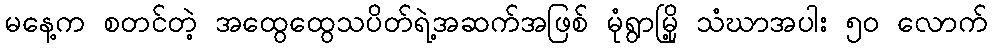
မနေ့က စတင်တဲ့ အထွေထွေသပိတ်ရဲ့အဆက်အဖြစ် မုံရွာမြို့ သံဃာအပါး ၅၀ လောက်